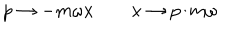
p \rightarrow - m \omega x \qquad x \rightarrow p / m \omega